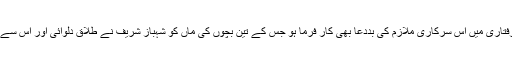
کیا خبر اس گرفتاری میں اُس سرکاری ملازم کی بددعا بھی کار فرما ہو جس کے تین بچوں کی ماں کو شہباز شریف نے طلاق دلوائی اور اس سے شادی رچائی!